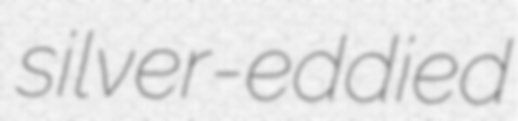
silver-eddied